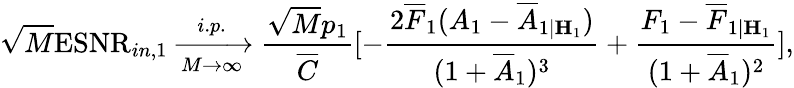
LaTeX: \sqrt{M}\mathrm{ESNR}_{in,1}\xrightarrow[M\rightarrow\infty]{i.p.}\frac{\sqrt{M}p_{1}}{\overline{{C}}}[-\frac{2\overline{{F}}_{1}(A_{1}-\overline{{A}}_{1|{\mathbf{H}}_{1}})}{(1+\overline{{A}}_{1})^{3}}+\frac{F_{1}-\overline{{F}}_{1|{\mathbf{H}}_{1}}}{(1+\overline{{A}}_{1})^{2}}],